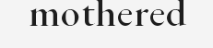
mothered